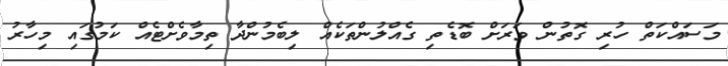
މަސައްކަތް ހުރި ގޮތުން ވަރަށް ބޮޑެތި ގެއްލުންތަކެއް ލިބެމުންދާ ތިމާވެށްޓެއް ކަމުގައި މިހާރު